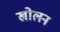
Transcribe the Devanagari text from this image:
खोलन